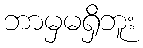
ဘာမှမရှိဘူး